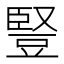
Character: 豎